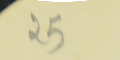
25